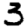
Digit: 3